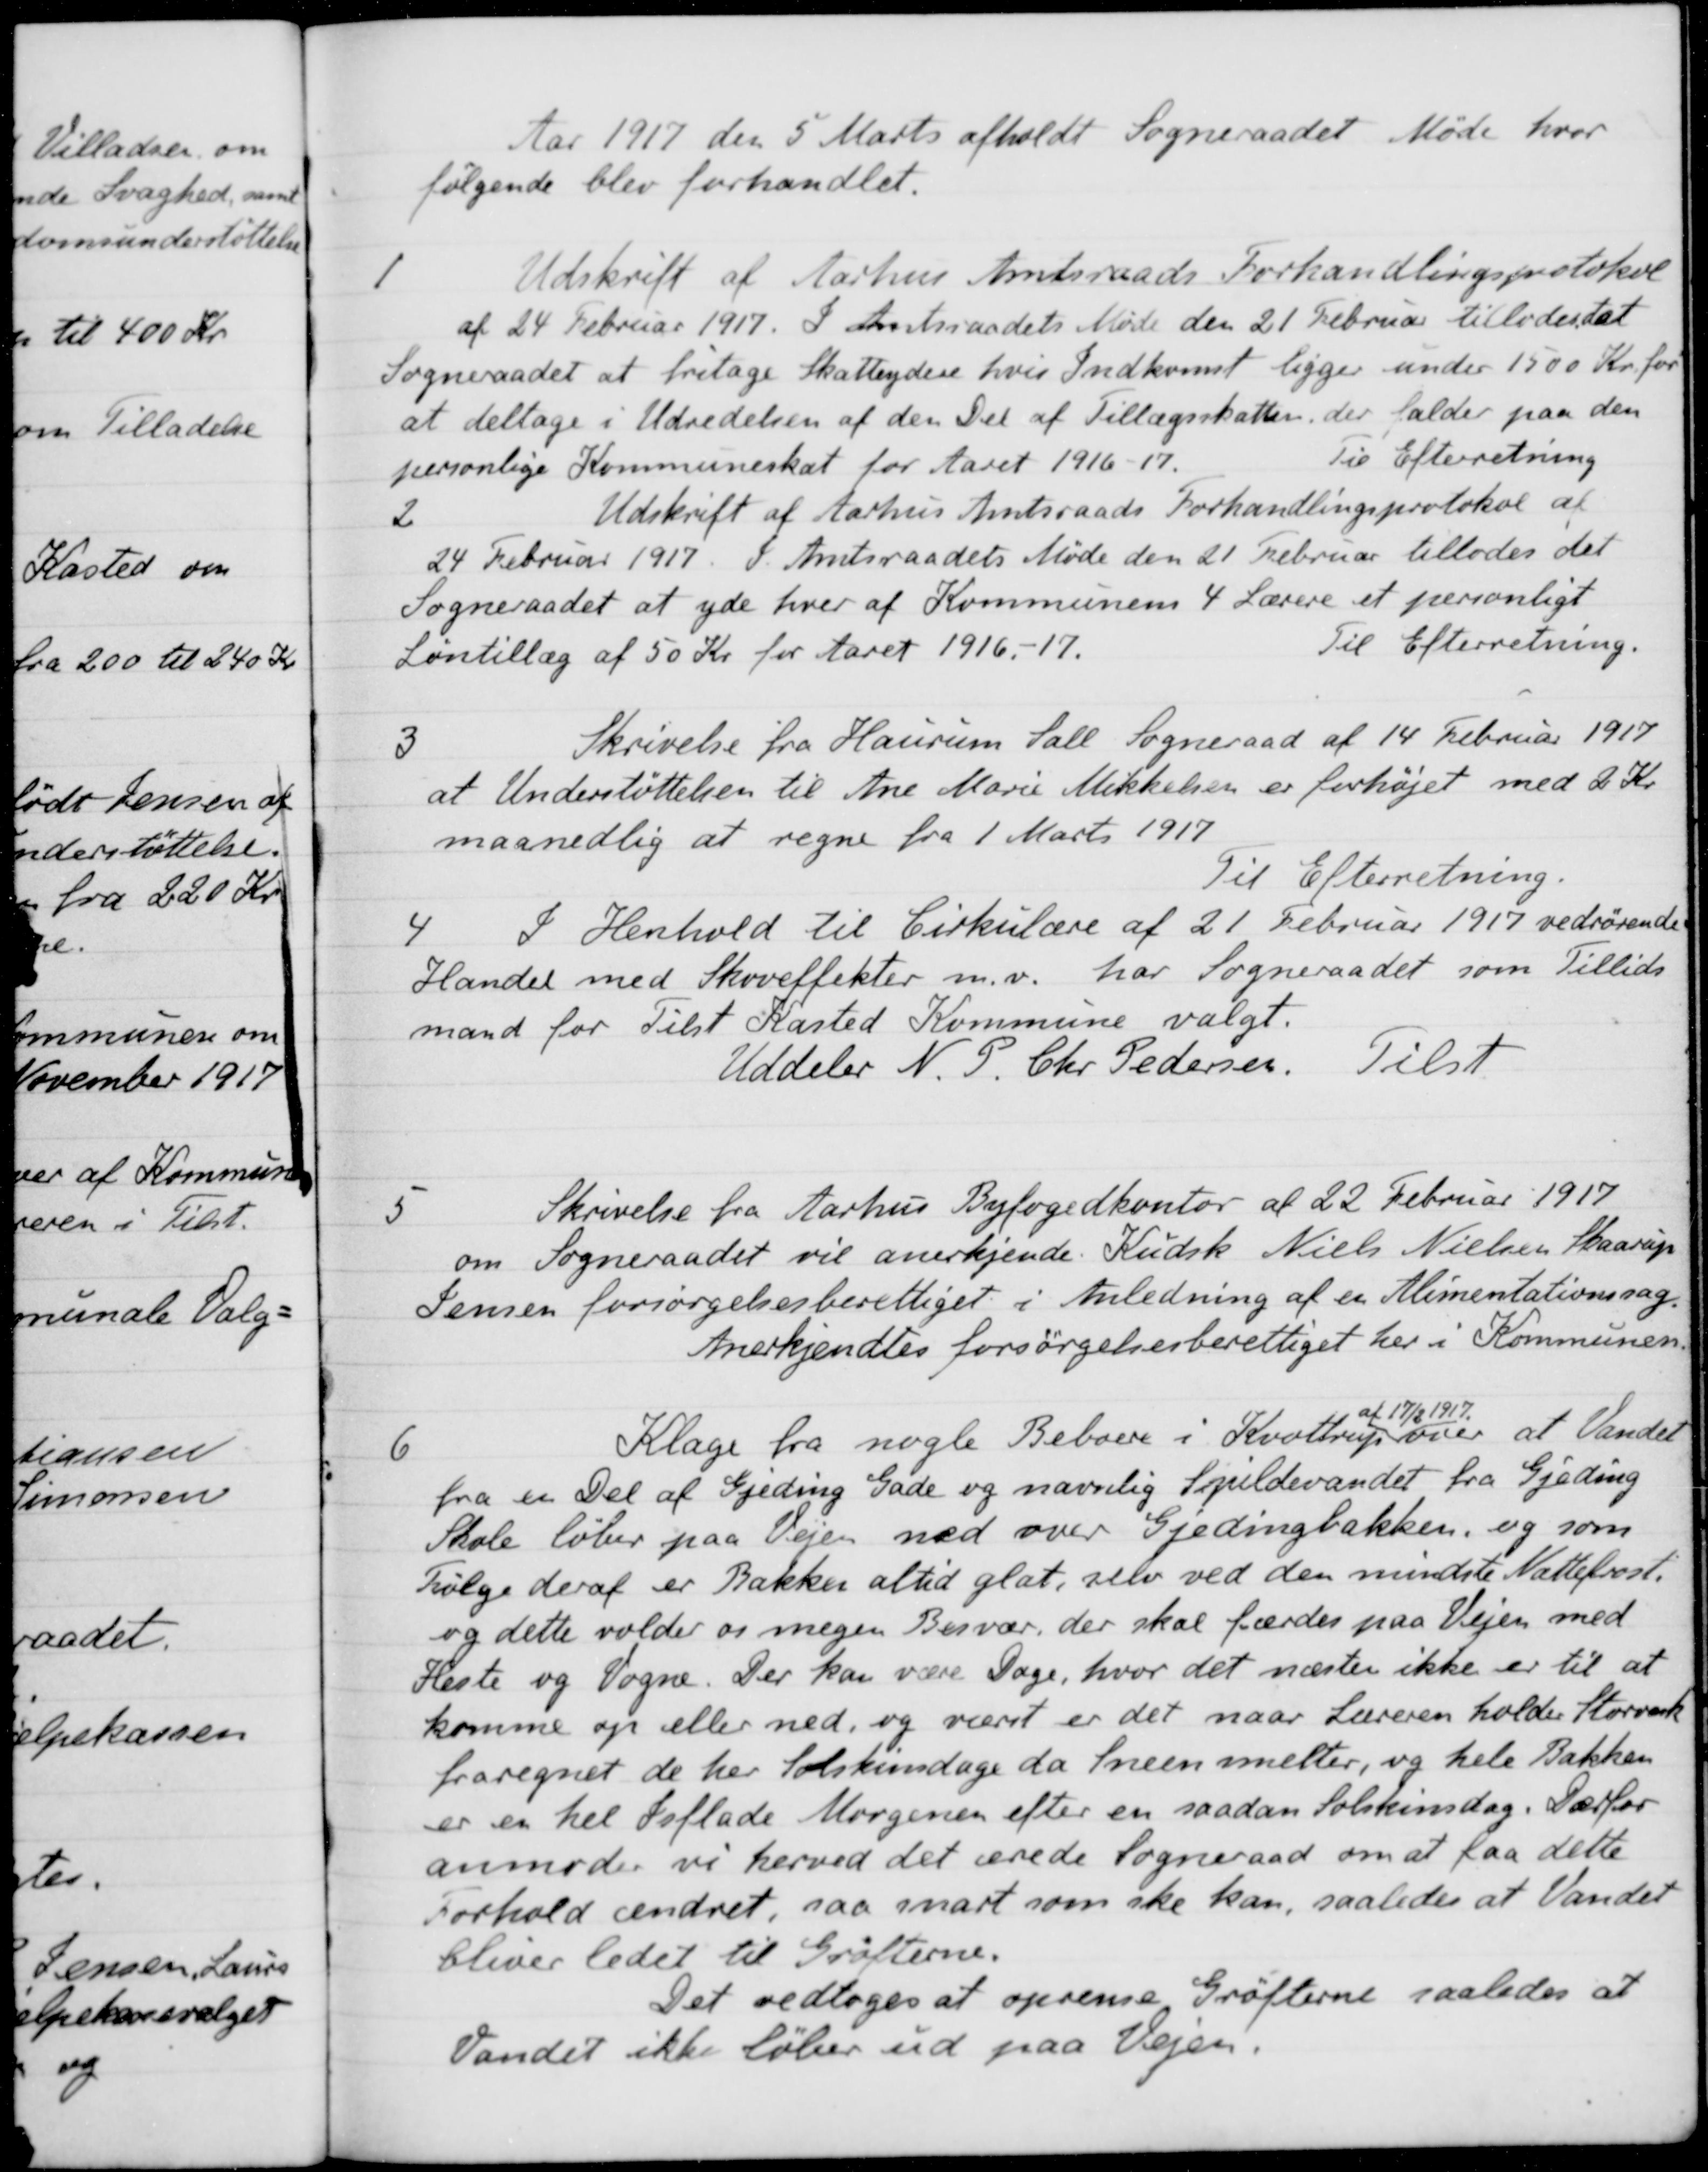
Transskription:
Aar 1917 den 5 Marts afholdt Sogneraadet Møde hvor
følgende blev forhandlet.
1
Udskrift af Aarhus Amtsraads Forhandlingsprotokol
af 24 Februar 1917. I Amtsraadets Møde den 21 Februar tillodes dt
Sogneraadet at fritage Skatteydere hvis Indkomst ligger under 1500 Kr. for
at deltage i Udredelsen af den Del af Tillægsskatten, der falder paa den
personlige Kommuneskat for Aaret 1916-17
Til Efterretning
2
Udskrift af Aarhus Amtsraads Forhandlingsprotokol af
24 Februar 1917. I. Amtsraadets Møde den 21 Februar tillodes det
Sogneraadet at yde hver af Kommunens 4 Lærere et personligt
Løntillæg af 50 Kr for Aaret 1916-17.
Til Efterretning
3
Skrivelse fra Haurum Sall Sogneraad af 14 Februar 1917
at Understøttelsen til Ane Marie Mikkelsen er forhøjet med 2 Kr.
maanedlig at regne fra 1 Marts 1917
Til Efterretning.
4
I Henhold til Cirkulære af 21 Februar 1917 vedrørende
Handel med Skoveffekter m.v. har Sogneraadet som Tillids
mand for Tilst Kasted Kommune valgt.
Uddeler N. P. Chr. Pedersen. Tilst
5
Skrivelse fra Aarhus Byfogedkontor af 22 Februar 1917
om Sogneraadet vil anerkjende Kudsk Niels Nielsen Skaarup
Jensen forsørgelsesberettiget i Anledning af en Alimentationssag.
Anerkjendtes forsørgelsesberettiget her i Kommunen.
6
Klage fra nogle Beboere i Kvottrup af over
17/12 1917
at Vandet
fra en Del af Gjeding Gade og navnlig Spildevandet fra Gjeding
Skole løber paa Vejen ned over Gjedingbakken, og som
følge deraf er Bakken altid glat, selv ved den mindste Nattefrost.
og dette volder og megen Besvær, der skal færdes paa Vejen med
Heste og Vogne. Der kan være Dage, hvor det næsten ikke er til at
komme op eller ned, og værst er det naar Læreren holder Storvask
fraregnet de her solskindage da Sneen smelter, og hele Bakken
er en hel Søflade Morgenen efter en saadan Solskinsdag. Derfor
anmoder vi herved det ærede Sogneraad om at faa dette
Forhold ændret, saa snart som ske kan, saaledes at Vandet
bliver ledet til Grøfterne.
Det vedtoges at oprense Grøfterne saaledes at
Vandet ikke løber ud paa Vejen.